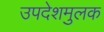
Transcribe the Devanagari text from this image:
उपदेशमुलक